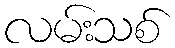
လမ်းသစ်